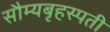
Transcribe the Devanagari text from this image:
सौम्यबृहस्पती